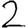
Digit: 2